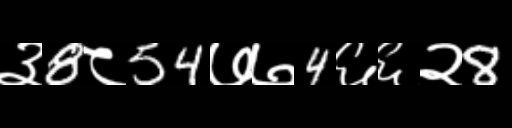
Text: ३8८54७७4६६२8